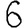
Digit: 6